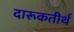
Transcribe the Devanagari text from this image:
दारूकतीर्थ